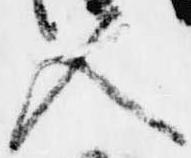
入